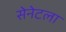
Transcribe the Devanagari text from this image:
सेनेटला